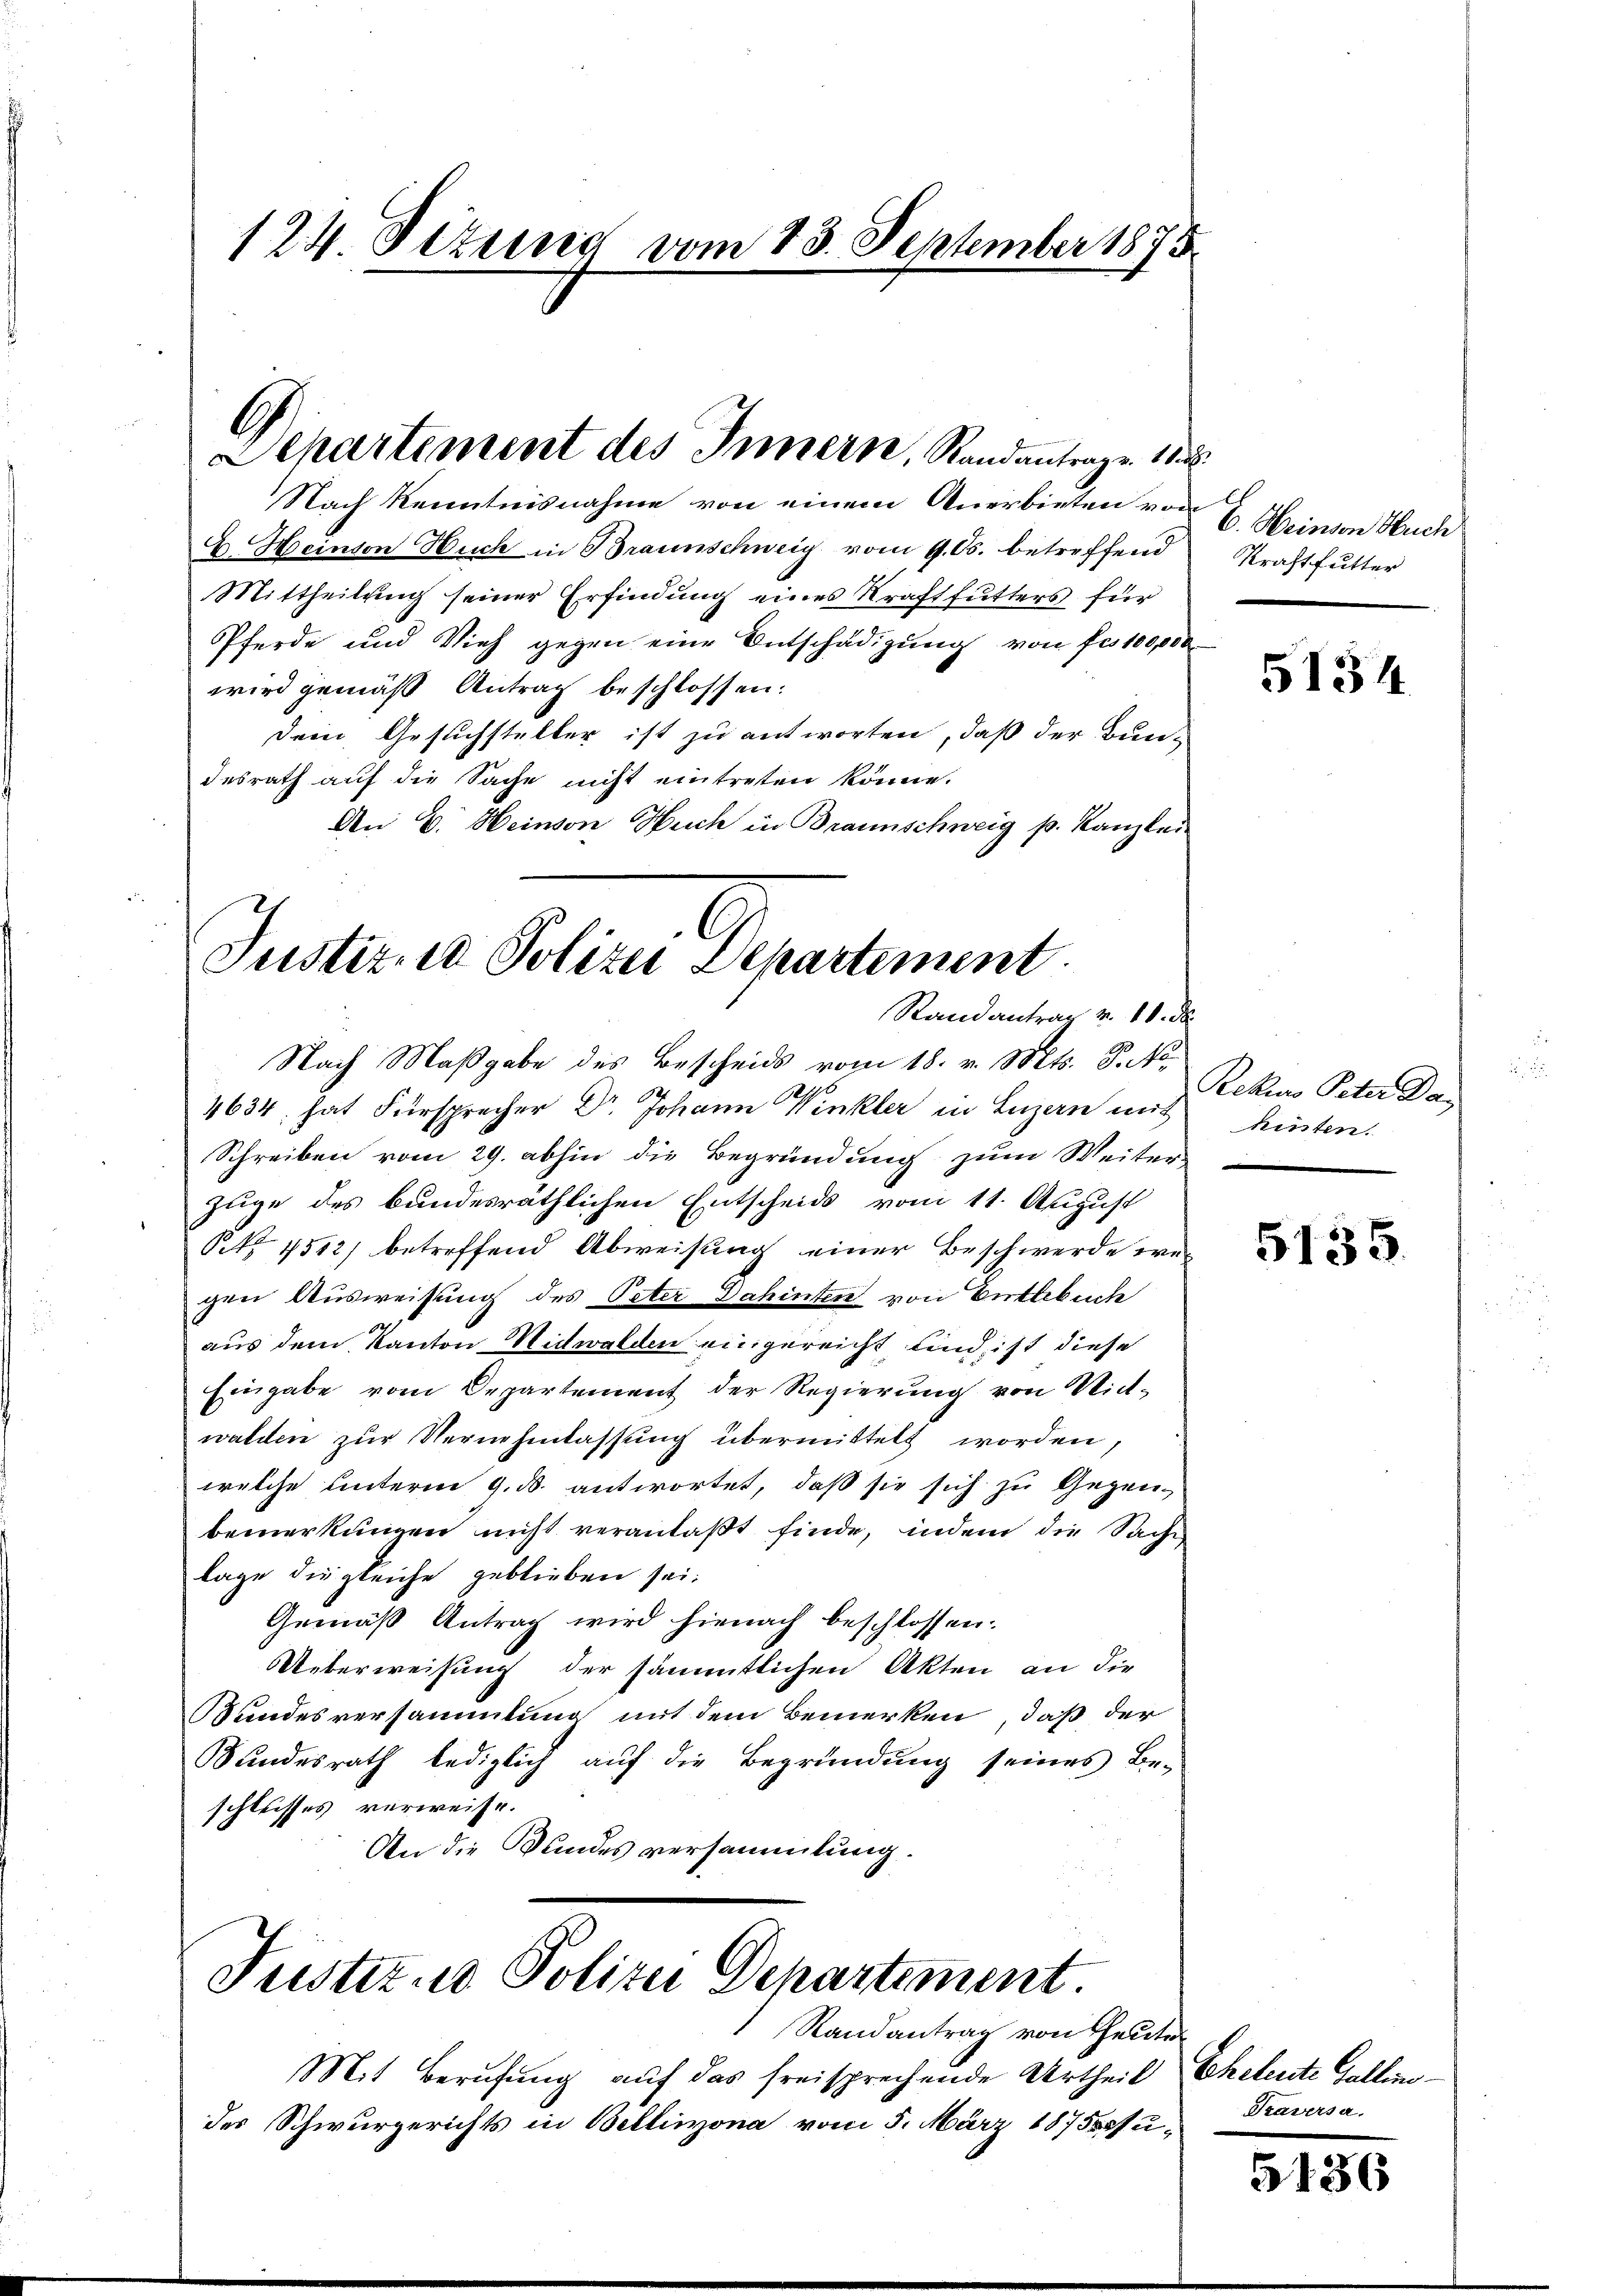
Nach Kenntnisnahme von einem Anerbieten von
E. Heinton Huch in Braunschweig vom 9. ds. betreffend
Mittheilung seiner Erfindung eines Kraftfutters für
Pferde und Vieh gegen eine Entschädigung von für 100,000
wird gemäß Antrag beschlossen:
dem Gesuchsteller ist zu antworten, daß der Bun-
desrath auf die Sache nicht eintreten könne.
An C. Heinson Huch in Braunschweig p. Kanzlei
Justiz, in Polizei Departement

124 Dezung vom 13. September 1875

6
Departement des Innern, Standantrage 11

Randantrag v. 10. d.

Justiz und Polizei Departement.

Randantrag von Heute
Mit Berufung auf das freisprechende Urtheil Eheleute Gallendes Schwurgerichts in Bellinzona vom 5. März 1875 su¬

Nach Maßgabe des Bescheids vom 18. v. Mts. S. Nr.
4634 hat Fürsprecher Dr. Johann Winkler in Luzern mit
Schreiben vom 29. abhin die Begründung zum Weiter-
zuge des bundesräthlichen Entscheids vom 11. August
Rk. 4512) betreffend Abweisung einer Beschwerde wegen Ausweisung des Peter Dahinten von Entlebuch
aus dem Kanton Nidwalden eingereicht und ist diese
Eingabe vom Departement der Regierung von Mitwalden zur Vernehmlassung übermittelt worden,
welche unterm 9. ds. antwortet, daß sie sich zu Gegen-
bemerkungen nicht veranlaßt finde, indem die Sache
lage die gleiche geblieben sei,
Gemäß Antrag wird hienach beschlossen:
Ueberweisung der sämmtlichen Akten an die
Sundesversammlung mit dem Bemerken, daß der
Sundesrath lediglich auf die Begründung seines Be-
schlusses verweise.
An die Bundes versammlung.

6. Heinsen Huch
Kraftfutter

Rekurs Peter Da
hinten.

Traversa

5134

5135.

5136